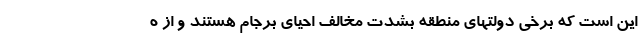
این است که برخی دولتهای منطقه بشدت مخالف احیای برجام هستند و از ه